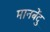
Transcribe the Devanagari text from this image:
मानबेंदु